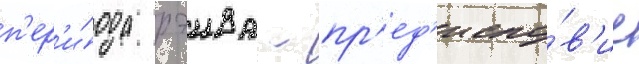
п'ер'и́ода рэива - пр'ед'исло́в'ие